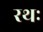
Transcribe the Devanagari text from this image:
रथः